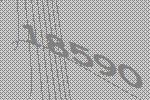
18590